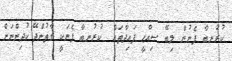
ކުރުނބާ ފެނުން ލިބޭ ޞިއްޙީ ފައިދާތައް  ކުރުނބާ ފެނަކީ ގާތުންދޭ ކުދިންނަށް